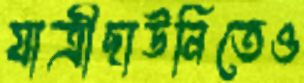
যাত্রীছাউনিতেও